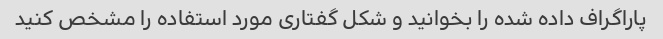
پاراگراف داده شده را بخوانید و شکل گفتاری مورد استفاده را مشخص کنید